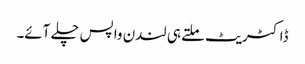
ڈاکٹریٹ ملتے ہی لندن واپس چلے آئے۔